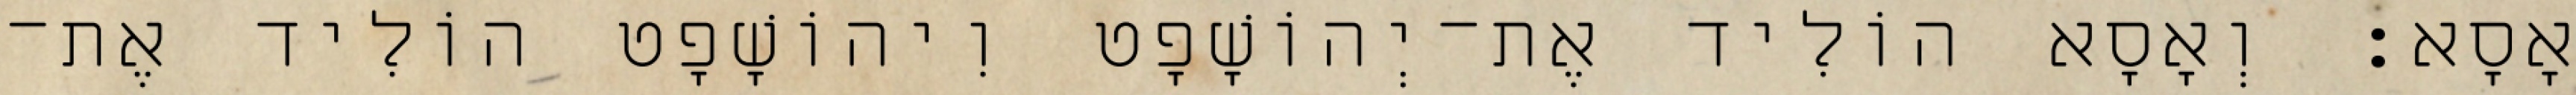
אָסָא׃ וְאָסָא הוֹלִיד אֶת־יְהוֹשָׁפָט וִיהוֹשָׁפָט הוֹלִיד אֶת־